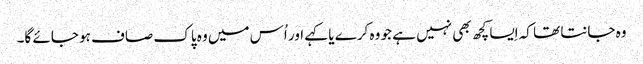
وہ جانتا تھا کہ اِیسا کچھ بھی نہیں ہے جو وہ کرے یا کہے اور اُس میں وہ پاک صاف ہو جائے گا۔